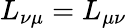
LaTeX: L_{\nu\mu}=L_{\mu\nu}